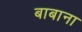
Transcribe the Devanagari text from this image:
बाबाना